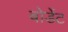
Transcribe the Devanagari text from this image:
बोर्डेट